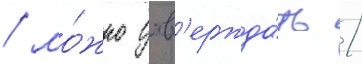
/ мо́жно утв'ержда́ть /